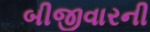
બીજીવારની